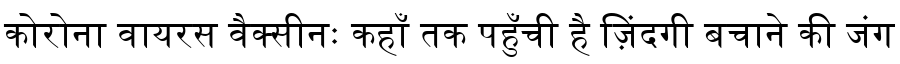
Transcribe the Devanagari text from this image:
कोरोना वायरस वैक्सीनः कहाँ तक पहुँची है ज़िंदगी बचाने की जंग